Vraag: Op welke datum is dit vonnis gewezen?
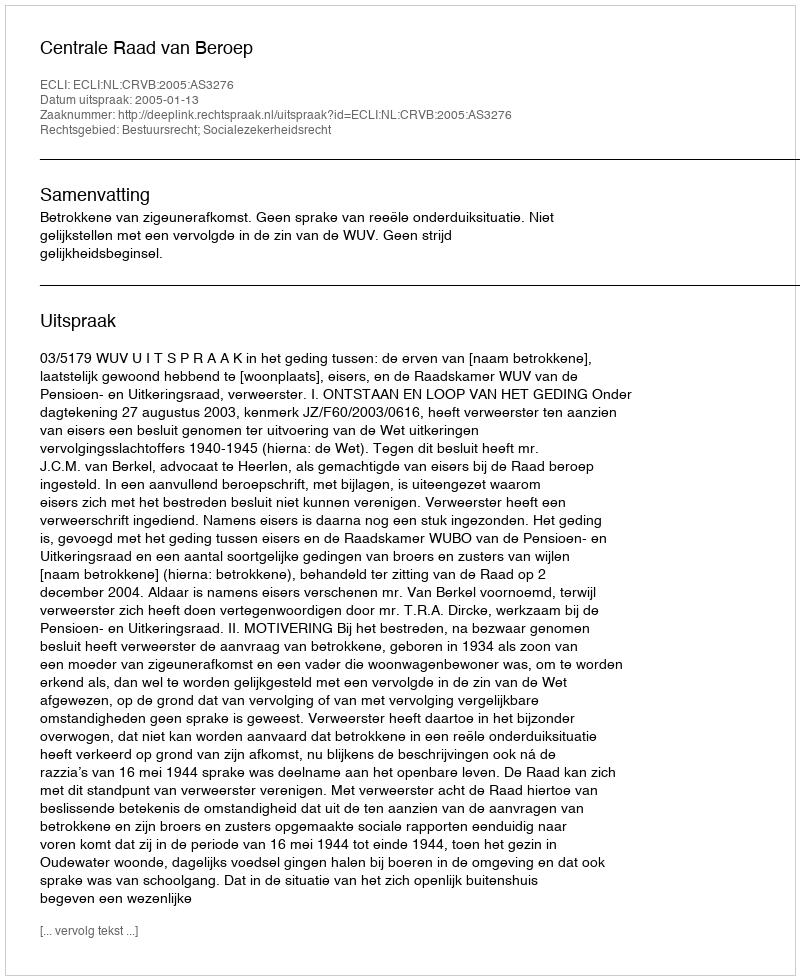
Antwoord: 2005-01-13